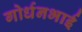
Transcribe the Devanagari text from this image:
गोर्धनभाई